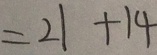
= 2 1 + 1 4